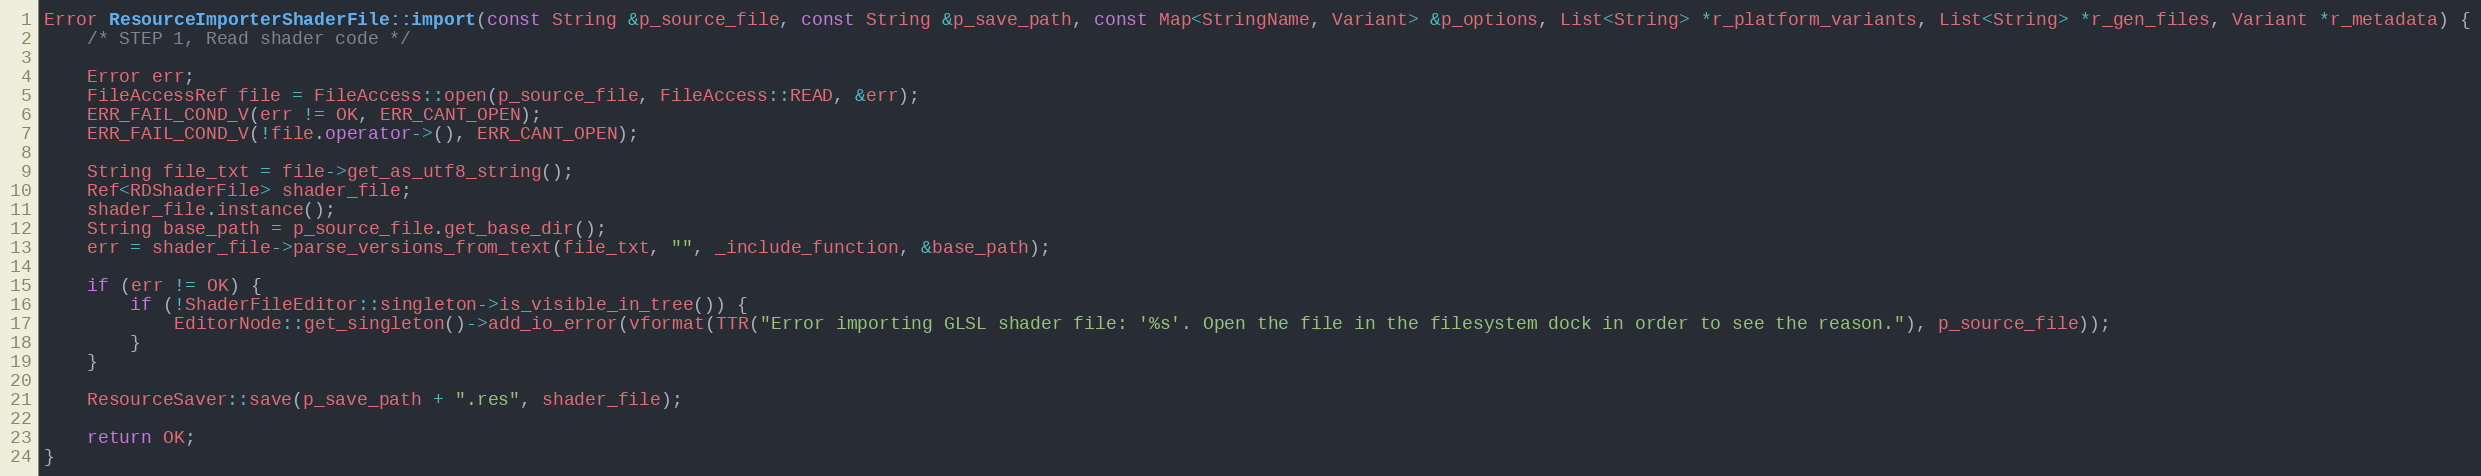
Language: C++
Error ResourceImporterShaderFile::import(const String &p_source_file, const String &p_save_path, const Map<StringName, Variant> &p_options, List<String> *r_platform_variants, List<String> *r_gen_files, Variant *r_metadata) {
	/* STEP 1, Read shader code */

	Error err;
	FileAccessRef file = FileAccess::open(p_source_file, FileAccess::READ, &err);
	ERR_FAIL_COND_V(err != OK, ERR_CANT_OPEN);
	ERR_FAIL_COND_V(!file.operator->(), ERR_CANT_OPEN);

	String file_txt = file->get_as_utf8_string();
	Ref<RDShaderFile> shader_file;
	shader_file.instance();
	String base_path = p_source_file.get_base_dir();
	err = shader_file->parse_versions_from_text(file_txt, "", _include_function, &base_path);

	if (err != OK) {
		if (!ShaderFileEditor::singleton->is_visible_in_tree()) {
			EditorNode::get_singleton()->add_io_error(vformat(TTR("Error importing GLSL shader file: '%s'. Open the file in the filesystem dock in order to see the reason."), p_source_file));
		}
	}

	ResourceSaver::save(p_save_path + ".res", shader_file);

	return OK;
}